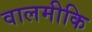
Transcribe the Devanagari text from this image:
वालमीकि